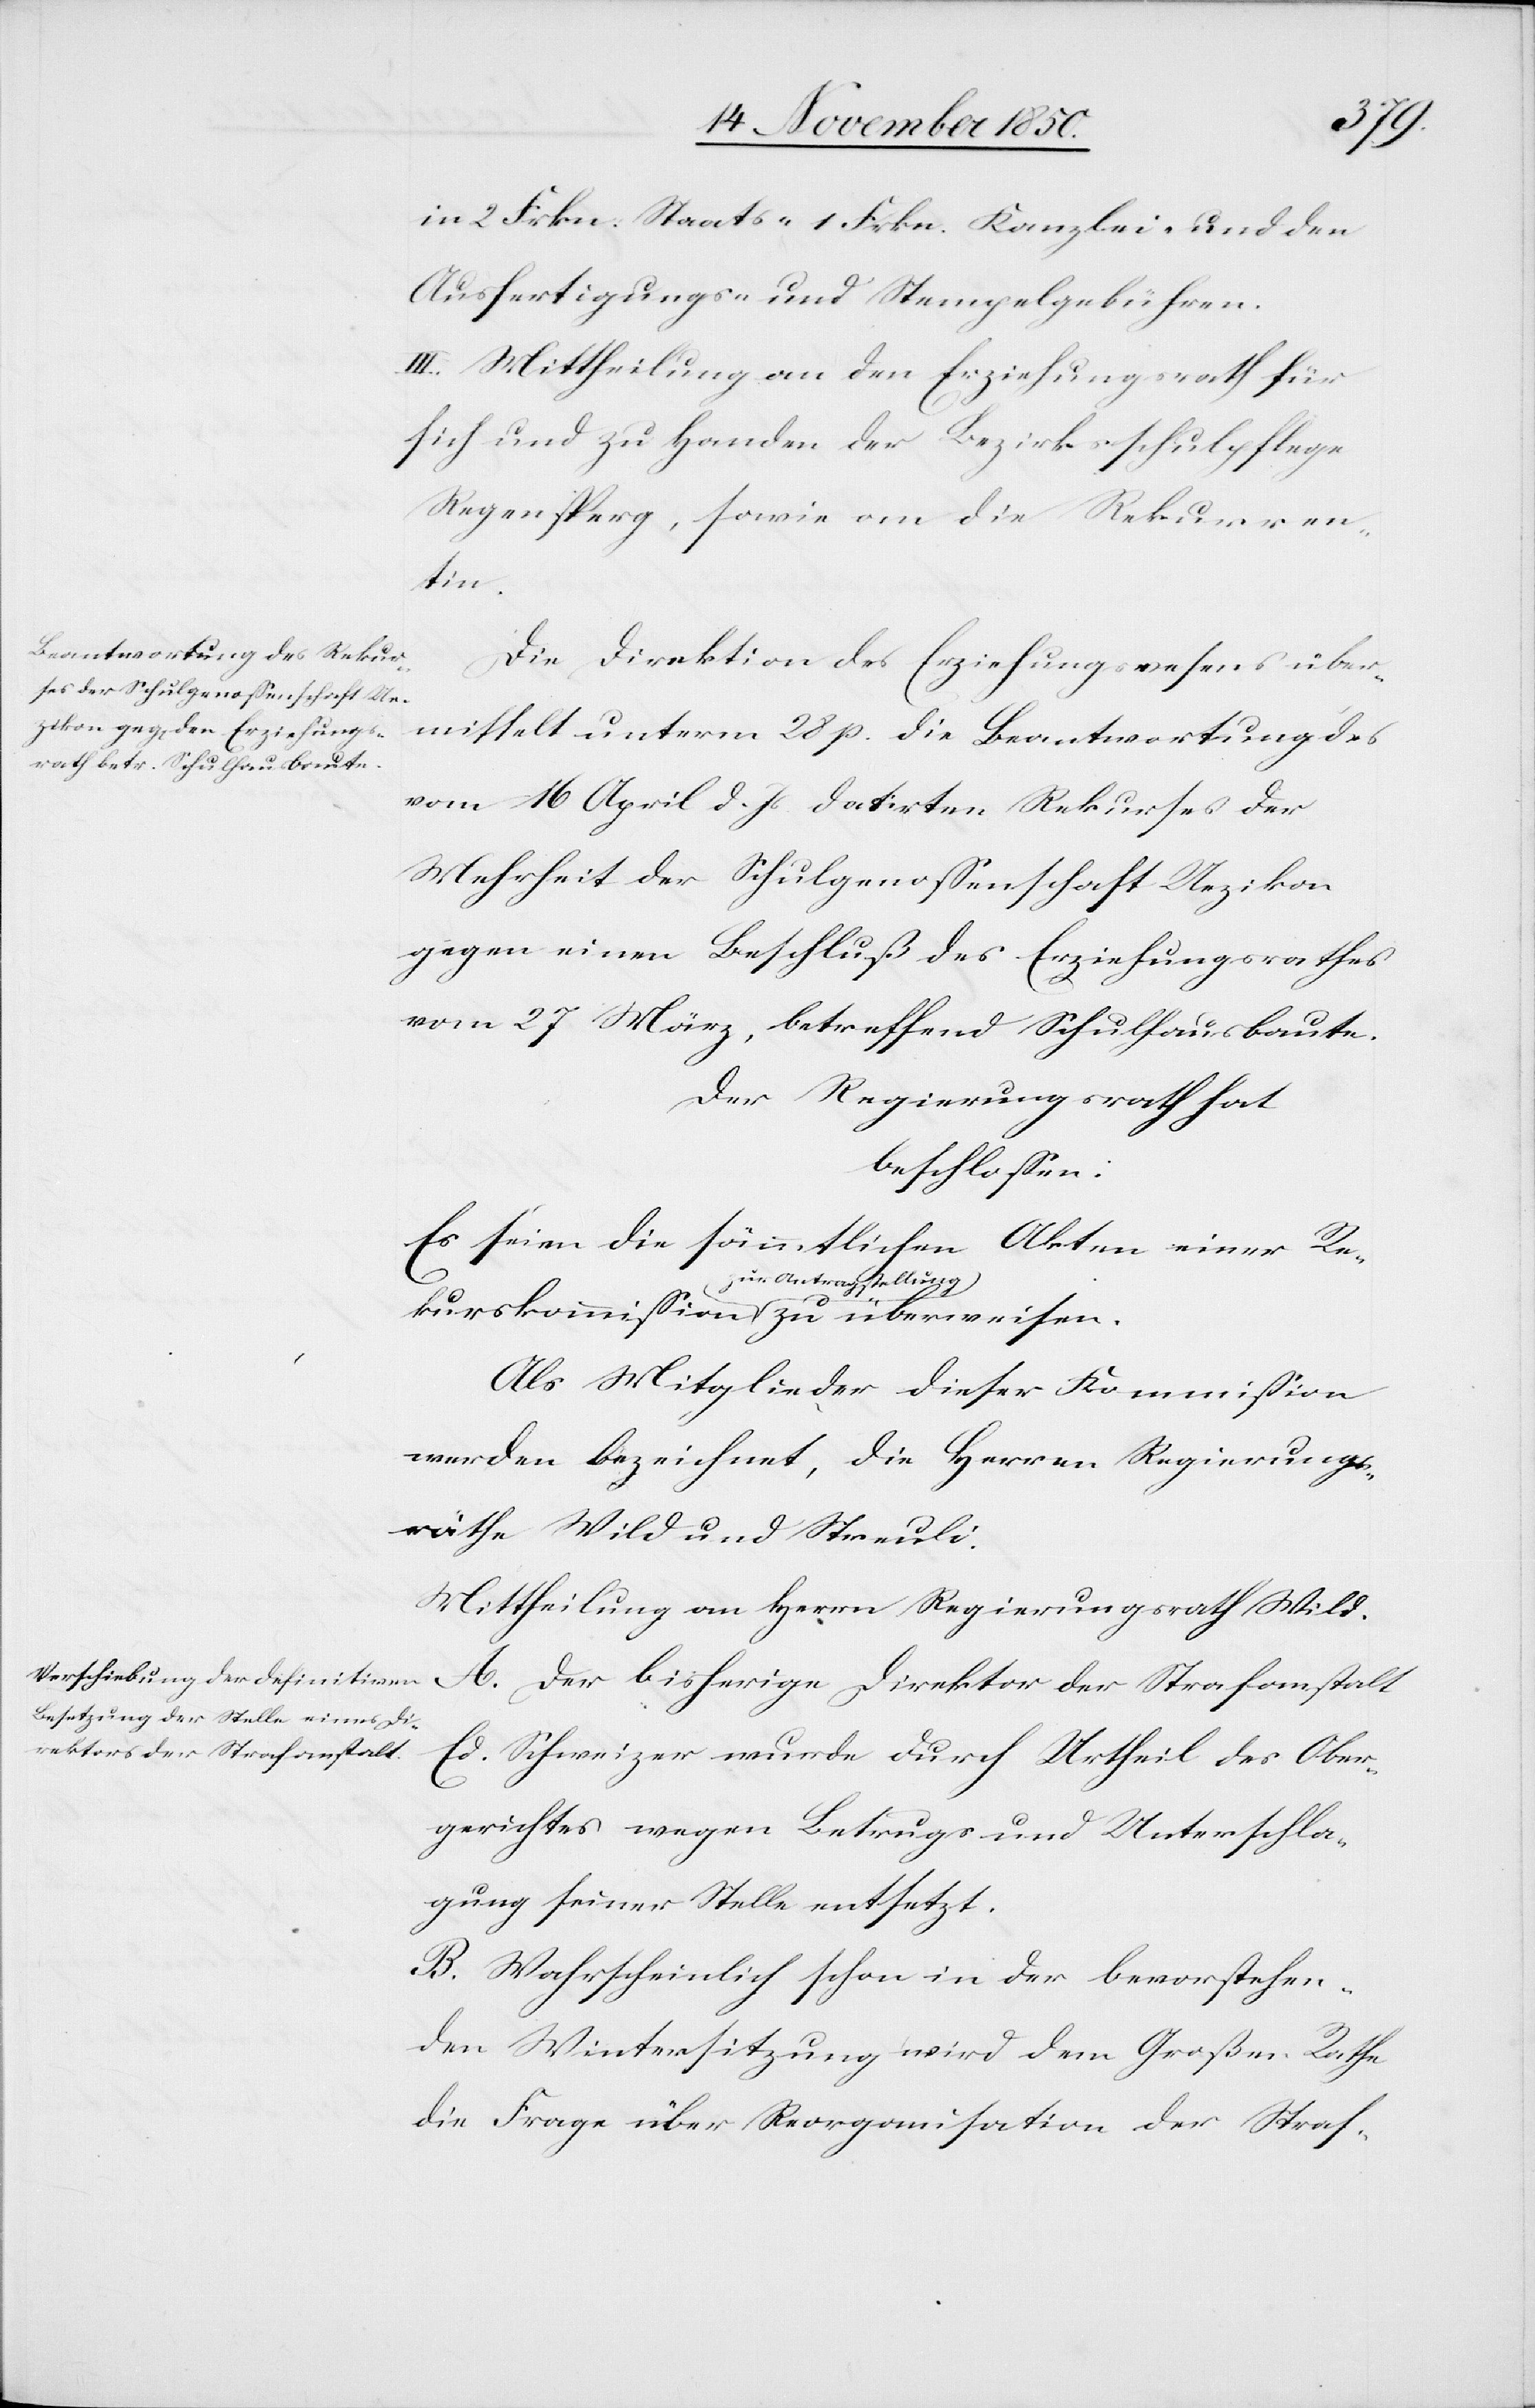
A.
Die Direktion des Erziehungswesens über¬
mittelt unterm 28 p. die Beantwortung des
vom 16 April d. Js. datirten Rekurses der
Mehrheit der Schulgenossenschaft Uezikon
gegen einen Beschluß des Erziehungsrathes
vom 27 März, betreffend Schulhausbaute.
Der Regierungsrath hat
beschlossen:
Es seien die sämmtlichen Akten einer Re¬
kurskommission zur Antragstellung
Als Mitglieder dieser Kommission
werden bezeichnet, die Herren Regierungs¬
räthe Wild und Streuli.
Direktor der Strafanstalt
Ed. Schweizer wurde durch Urtheil des Ober¬
gerichtes wegen Betrugs und Unterschla¬
gung seiner Stelle entsetzt.
B. Wahrscheinlich schon in der bevorstehen¬
den Wintersitzung wird dem Großen Rathe
die Frage über Reorganisation der Straf-